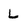
Character: L